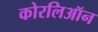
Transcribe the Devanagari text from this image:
कोरलिऑन